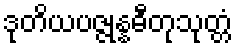
ဒုတိယပဇ္ဇုန္နဓီတုသုတ္တံ